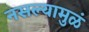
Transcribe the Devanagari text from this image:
नसल्यामुळं